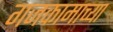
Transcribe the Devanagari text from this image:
गजकामाच्या